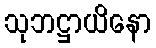
သုဘဋ္ဌာယိနော